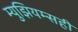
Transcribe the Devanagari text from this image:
म्युझियम्सही